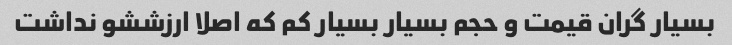
بسیار گران قیمت و حجم بسیار بسیار کم که اصلا ارزششو نداشت